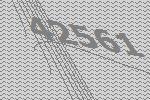
42561